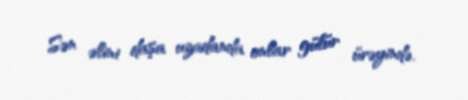
Sən əlini daşa uzadanda onlar gülür ürəyində.